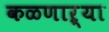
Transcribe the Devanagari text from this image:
कळणाऱ्या